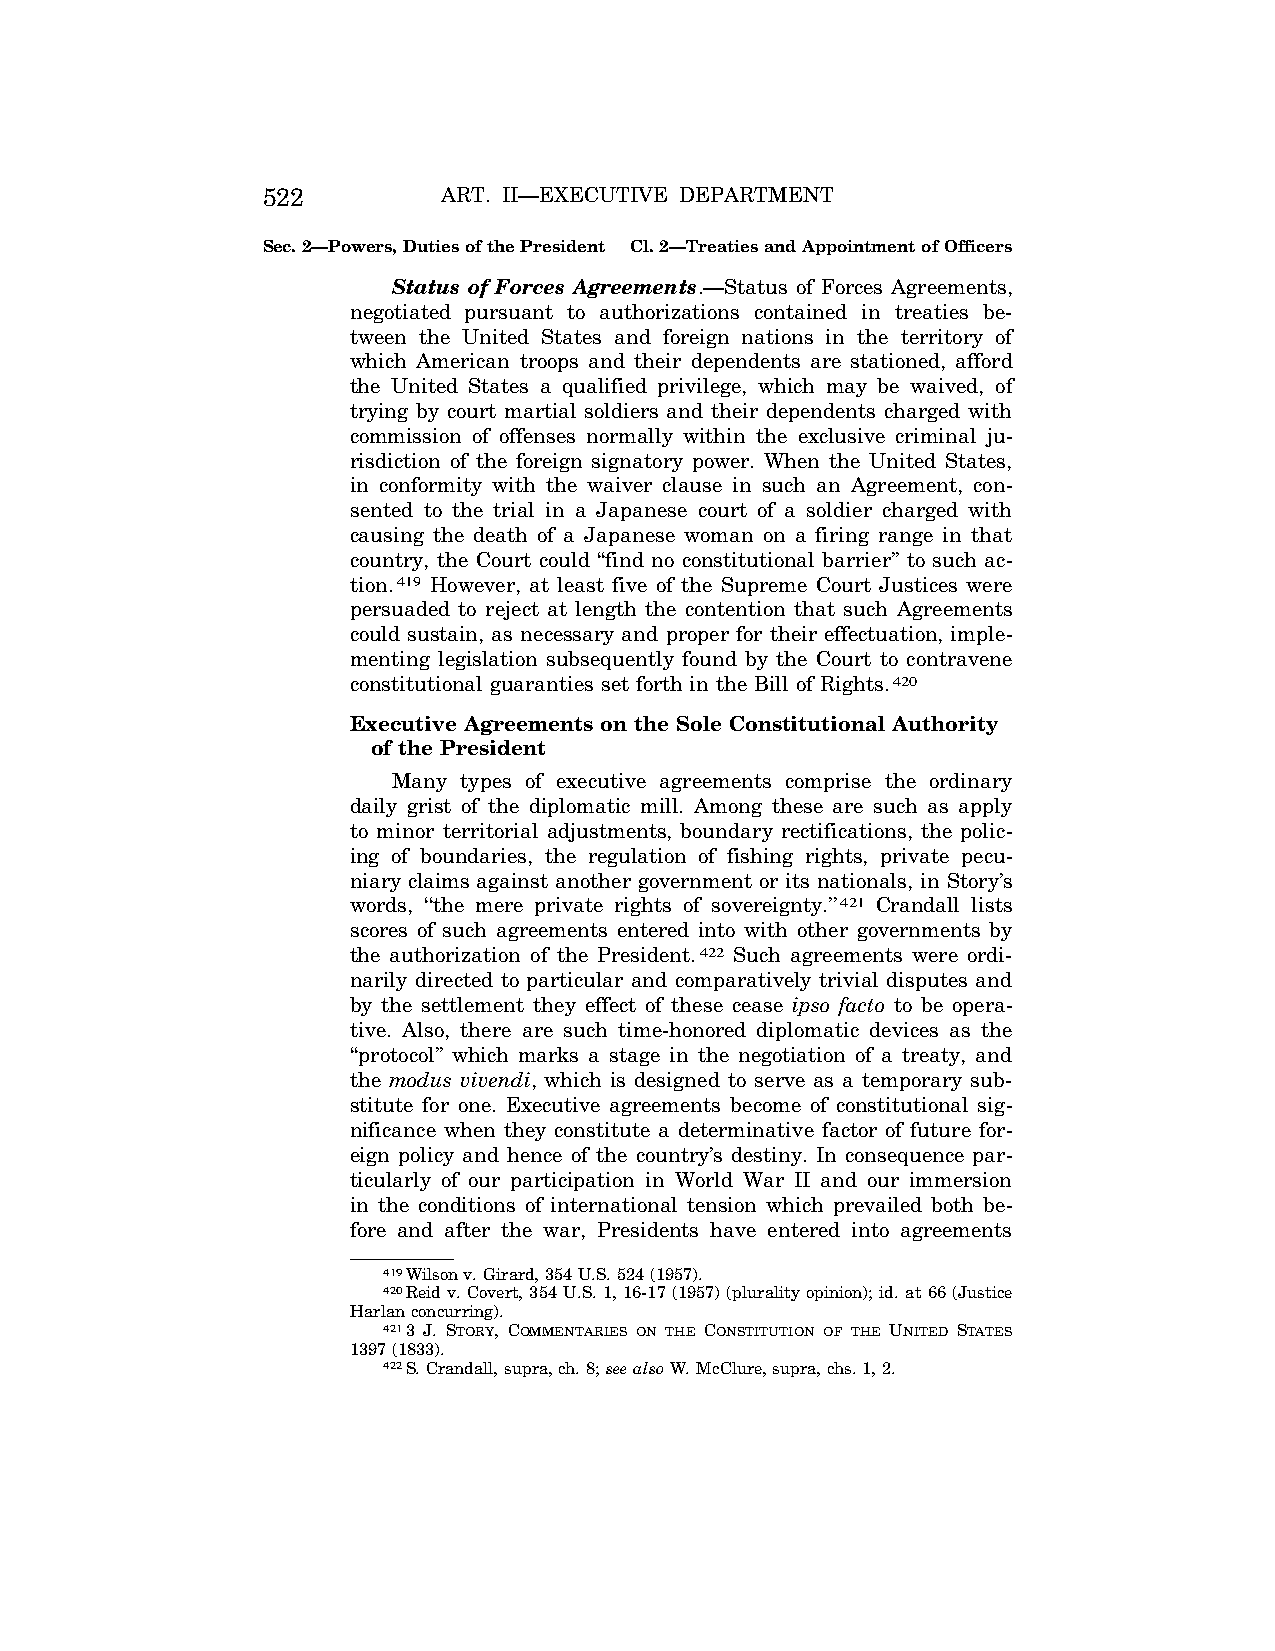
522         ART. II—EXECUTIVE DEPARTMENT
 Sec. 2—Powers, Duties of the President Cl. 2—Treaties and Appointment of Officers
 Status of Forces Agreements.—Status of Forces Agreements,
 negotiated pursuant to authorizations contained in treaties be-
 tween the United States and foreign nations in the territory of
 which American troops and their dependents are stationed, afford
 the United States a qualified privilege, which may be waived, of
 trying by court martial soldiers and their dependents charged with
 commission of offenses normally within the exclusive criminal ju-
 risdiction of the foreign signatory power. When the United States,
 in conformity with the waiver clause in such an Agreement, con-
 sented to the trial in a Japanese court of a soldier charged with
 causing the death of a Japanese woman on a firing range in that
 country, the Court could ‘‘find no constitutional barrier’’ to such ac-
 tion.419 However, at least five of the Supreme Court Justices were
 persuaded to reject at length the contention that such Agreements
 could sustain, as necessary and proper for their effectuation, imple-
 menting legislation subsequently found by the Court to contravene
 constitutional guaranties set forth in the Bill of Rights.420
 Executive Agreements on the Sole Constitutional Authority
 of the President
 Many types of executive agreements comprise the ordinary
 daily grist of the diplomatic mill. Among these are such as apply
 to minor territorial adjustments, boundary rectifications, the polic-
 ing of boundaries, the regulation of fishing rights, private pecu-
 niary claims against another government or its nationals, in Story’s
 words, ‘‘the mere private rights of sovereignty.’’421 Crandall lists
 scores of such agreements entered into with other governments by
 the authorization of the President.422 Such agreements were ordi-
 narily directed to particular and comparatively trivial disputes and
 by the settlement they effect of these cease ipso facto to be opera-
 tive. Also, there are such time-honored diplomatic devices as the
 ‘‘protocol’’ which marks a stage in the negotiation of a treaty, and
 the modus vivendi, which is designed to serve as a temporary sub-
 stitute for one. Executive agreements become of constitutional sig-
 nificance when they constitute a determinative factor of future for-
 eign policy and hence of the country’s destiny. In consequence par-
 ticularly of our participation in World War II and our immersion
 in the conditions of international tension which prevailed both be-
 fore and after the war, Presidents have entered into agreements
 419Wilson v. Girard, 354 U.S. 524 (1957).
 420Reid v. Covert, 354 U.S. 1, 16-17 (1957) (plurality opinion); id. at 66 (Justice
 Harlan concurring).
 4213 J. STORY, COMMENTARIES ON THE CONSTITUTION OF THE UNITED STATES
 1397 (1833).
 422S. Crandall, supra, ch. 8; see also W. McClure, supra, chs. 1, 2.
 VerDate Aug<04>2004 13:21 Oct 06, 2004 Jkt 077500 PO 00000 Frm 00090 Fmt 8222 Sfmt 8222 C:\CONAN\CON011.SGM PRFM99 PsN: CON011